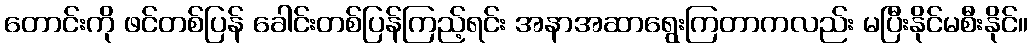
တောင်းကို ဖင်တစ်ပြန် ခေါင်းတစ်ပြန်ကြည့်ရင်း အနာအဆာရွေးကြတာကလည်း မပြီးနိုင်မစီးနိုင်။